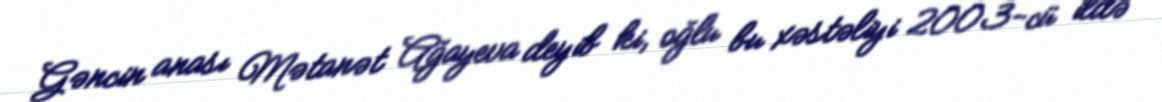
Gəncin anası Mətanət Ağayeva deyib ki, oğlu bu xəstəliyi 2003-cü ildə